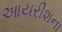
આયરીશના